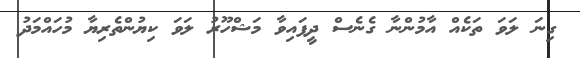
ގިނަ ލަވަ ތަކެއް އާމުންނާ ގެނެސް ދީފައިވާ މަޝްހޫރު ލަވަ ކިޔުންތެރިޔާ މުހައްމަދު